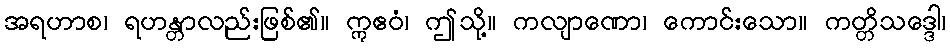
အရဟာစ၊ ရဟန္တာလည်းဖြစ်၏။ ဣဧဝံ၊ ဤသို့။ ကလျာဏော၊ ကောင်းသော။ ကတ္တိသဒ္ဒေါ၊